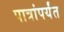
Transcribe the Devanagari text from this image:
पात्रांपर्यंत